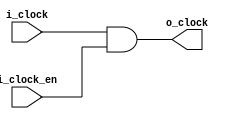
`timescale 1ns/1ps
module DUT_gated_clock(
	input i_clock,
	input i_clock_en,
	output o_clock
);
assign o_clock=i_clock&i_clock_en;
endmodule